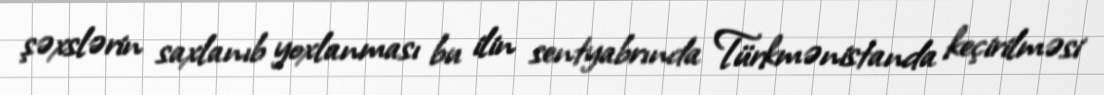
şəxslərin saxlanıb yoxlanması bu ilin sentyabrında Türkmənistanda keçirilməsi